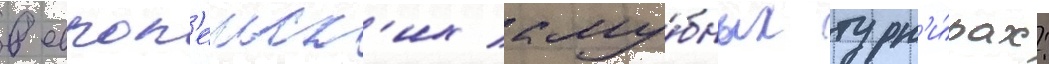
в европ'еиск'их клу́бных турн'и́рах: